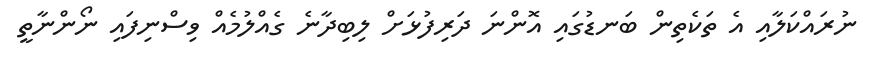
ނުރައްކަލާއި އެ ތަކެތިން ބަނޑުގައި އޮންނަ ދަރިފުޅަށް ލިބިދާނެ ގެއްލުމެއް ވިސްނިފައި ނޯންނާތީ